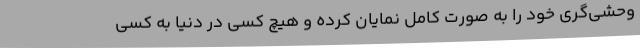
وحشی‌گری خود را به صورت کامل نمایان کرده و هیچ کسی در دنیا به کسی